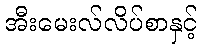
အီးမေးလ်လိပ်စာနှင့်